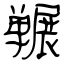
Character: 冁